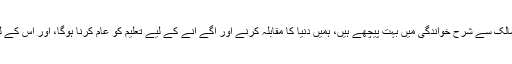
انہوں نے کہا کہ ہم دنیا کے کئی ممالک سے شرح خواندگی میں بہت پیچھے ہیں، ہمیں دنیا کا مقابلہ کرنے اور آگے آنے کے لیے تعلیم کو عام کرنا ہوگا، اور اس کے لیے اپنا بھرپور کردار ادا کرنا ہوگا۔